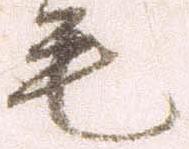
毛